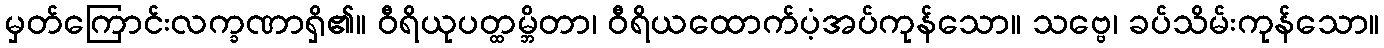
မှတ်ကြောင်းလက္ခဏာရှိ၏။ ဝီရိယုပတ္ထမ္ဘိတာ၊ ဝီရိယထောက်ပံ့အပ်ကုန်သော။ သဗ္ဗေ၊ ခပ်သိမ်းကုန်သော။